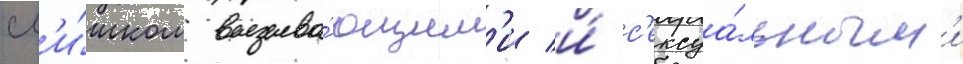
сл'и́шком вызыва́ющим'и и́ с'ексуа́льным'и